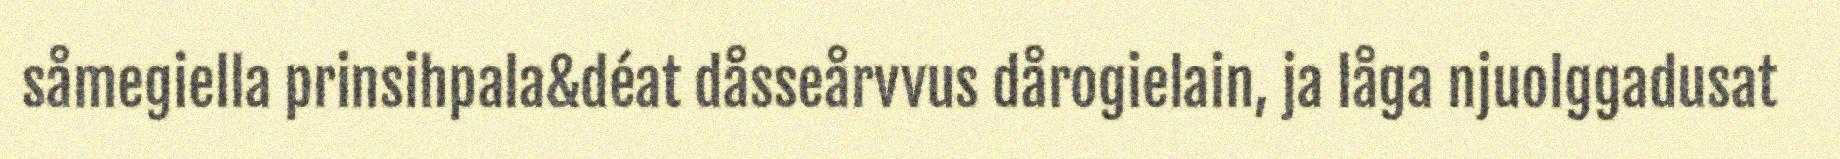
såmegiella prinsihpala&déat dåsseårvvus dårogielain, ja låga njuolggadusat